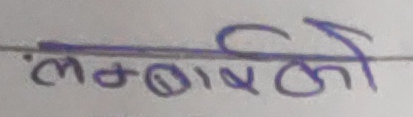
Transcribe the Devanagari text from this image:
लम्बाईकी